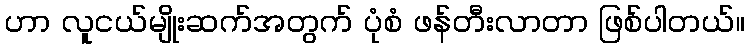
ဟာ လူငယ်မျိုးဆက်အတွက် ပုံစံ ဖန်တီးလာတာ ဖြစ်ပါတယ်။